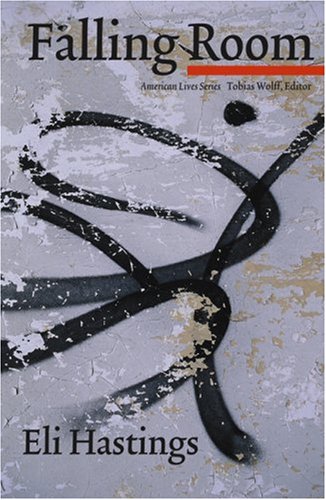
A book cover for Falling Room (American Lives); Eli Hastings; Travel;